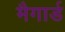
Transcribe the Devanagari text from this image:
मैगार्ड